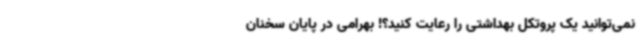
نمی‌توانید یک پروتکل بهداشتی را رعایت کنید؟! بهرامی در پایان سخنان